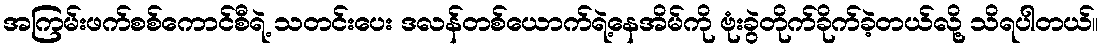
အကြမ်းဖက်စစ်ကောင်စီရဲ့ သတင်းပေး ဒလန်တစ်ယောက်ရဲ့နေအိမ်ကို ဗုံးခွဲတိုက်ခိုက်ခဲ့တယ်လို့ သိရပါတယ်။